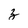
Character: z